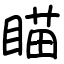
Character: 瞄